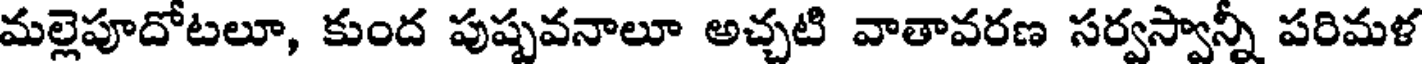
మల్లెపూదోటలూ, కుంద పుష్పవనాలూ అచ్చటి వాతావరణ సర్వస్వాన్ని పరిమళ